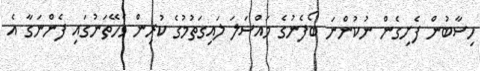
ހިސާބުން ފެށިގެން ނުކުންނަ ބޯފެނުގެ މައްސަލަ ލައިގަތުމުގެ ކުރިން ވެހޭތަނުގައި ފެންނަގާ އެ